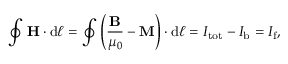
\oint \mathbf { H } \cdot \mathrm { d } { \boldsymbol { \ell } } = \oint \left( { \frac { \mathbf { B } } { \mu _ { 0 } } } - \mathbf { M } \right) \cdot \mathrm { d } { \boldsymbol { \ell } } = I _ { \mathrm { t o t } } - I _ { \mathrm { b } } = I _ { \mathrm { f } } ,